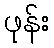
ဖုန်း